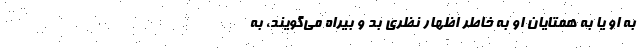
به او یا به همتایان او به خاطر اظهار نظری بد و بیراه می‌گویند، به